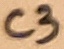
Text: C3